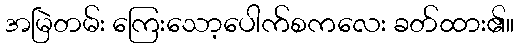
အမြဲတမ်း ကြေးသော့ပေါက်စကလေး ခတ်ထား၏။